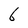
Character: 6